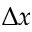
\Delta x